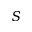
S